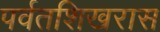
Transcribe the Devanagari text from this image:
पर्वतशिखरास